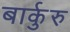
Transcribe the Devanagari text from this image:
बार्कुरु